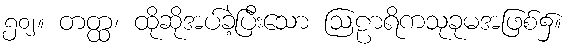
၅၀၂။ တတ္ထ၊ ထိုဆိုအပ်ခဲ့ပြီးသော ဩဠာရိကသုခုမအဖြစ်၌။